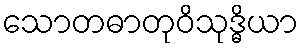
သောတဓာတုဝိသုဒ္ဓိယာ